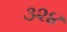
૩૨૪